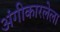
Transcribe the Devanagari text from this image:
अंगीकारलेला